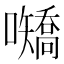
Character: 𪢤